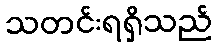
သတင်းရရှိသည်